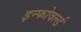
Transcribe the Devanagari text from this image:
इन्फोवर्ल्ड